Annual administration report of the Civil Veterinary Department of India - 1894-1895
Year: 1894
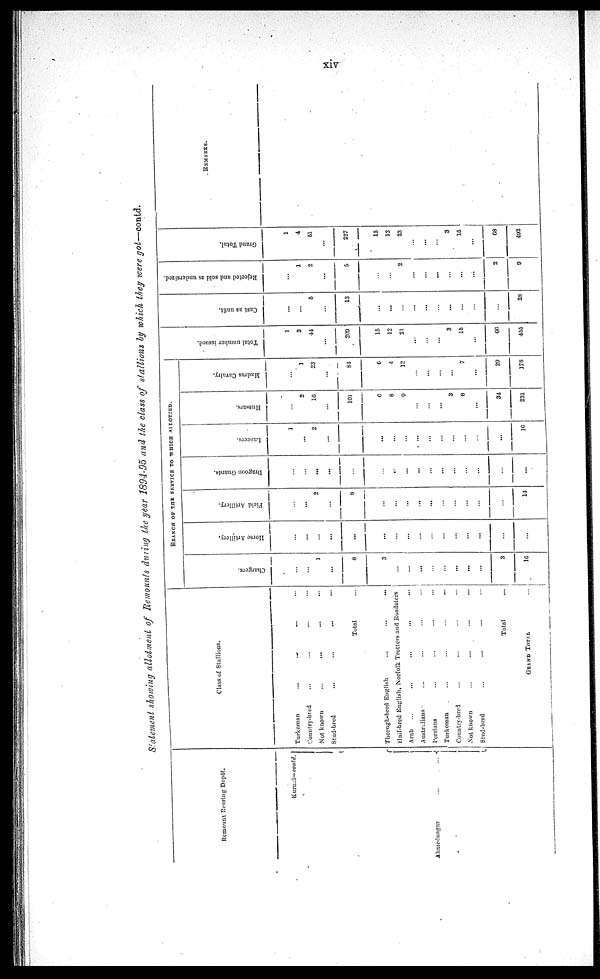
xiv
Statement showing allotment of Remounts during the year 1894-95 and the class of stallions by which they were got—contd.
Remount Rearing Depôt.
Kurnal—contd.
Class of Stallions.
Turkoman ... ... ... ... ...
Country-bred ... ... ... ... ...
Not known ... ... ... ... ...
Stud-bred ... ... ... ... ...
Total ...
Ahmednagar
…
…
Thorugh-bred English … … …
Haif-bred English, Norfolk Trotters and Roadsters …
Arab
…
…
…
... …
Australians…
…
…
...
Persians…
…
…
…
Turkoman
…
…
…
…
Country-bred … … … …
Not known
…
…
…
...
Stud-bred
…
... … …
Total
...
GRAND TOTAL ...
BRANCH OF THE SERVICE TO WHICH ALLOTTED.
Chargers.
...
1
...
8
3
…
…
...
…
…
...
...
…
3
16
Horse Artillery.
...
...
...
...
…
…
…
…
…
…
…
…
...
...
Field Artillery.
...
...
2
...
8
…
…
...
...
...
…
…
…
…
…
14
Dragoon Guards.
...
...
...
...
...
…
..
…
...
...
...
...
…
…
...
...
Lancers.
1
...
2
...
…
...
…
...
...
…
…
…
…
...
16
Hussars.
...
2
16
101
6
8
9
…
…
…
3
8
...
34
231
Madras Cavalry.
...
1
23
...
84
6
4
12
…
…
…
…
7
…
29
178
Tot al number i ssued.
1
3
44
...
209
15
12
21
...
…
…
3
15
…
66
455
Cast as unfit.
...
...
...
5
...
13
...
...
…
…
...
…
...
…
…
…
28
Rejected and sold as undersized.
...
...
1
2
...
5
...
…
2
…
…
...
…
…
…
2
9
Grand Total.
1
4
51
227
15
12
23
…
...
…
3
15
…
68
492
REMARKS